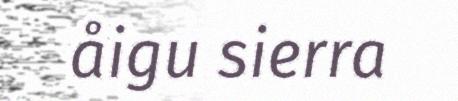
åigu sierra